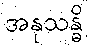
အနုသန္ဓိ